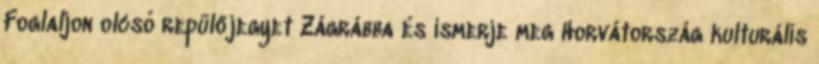
Foglaljon olcsó repülőjegyet Zágrábba és ismerje meg Horvátország kulturális